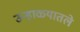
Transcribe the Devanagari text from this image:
उन्हाळ्यातले